Indian journal of veterinary science and animal husbandry - Volume 2,
Year: 1932
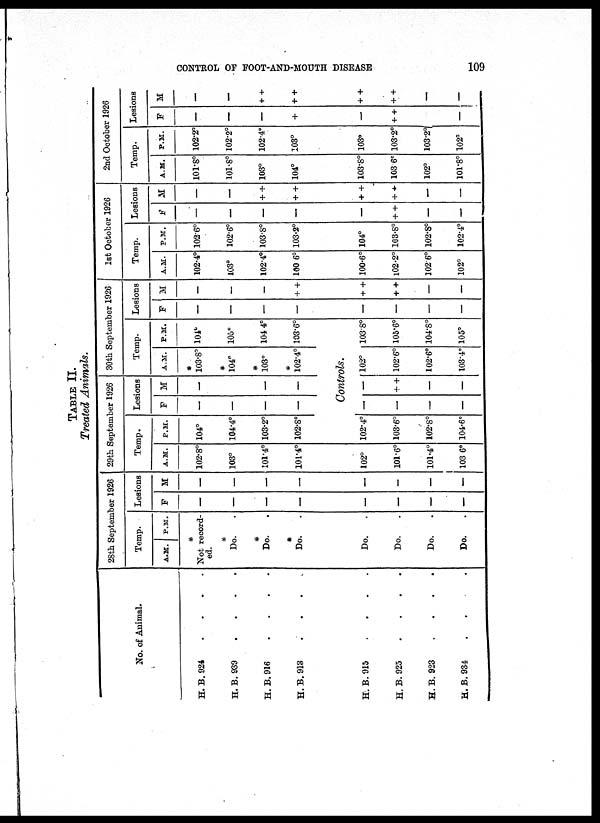
CONTROL OF FOOT-AND-MOUTH DISEASE
109
TABLE II.
Treated Animals.
No. of Animal.
H. B. 924
....
H. B.939
....
H. B.916
....
H.B.913
....
28th September 1926
Temp.
A.M. P.M.
*
Not record-
ed.
*
Do.
*
Do.
*
Do.
Lesions
F
—
—
—
—
M
—
—
—
—
29th September 1926
Temp.
A.M.
102.8°
103°
101.4°
101.4°
H. B. 915
....
H. B. 925
....
H. B. 923 ....
H. B.934
....
Do.
Do.
Do.
Do.
—
—
—
—
—
—
—
—
102°
101.6°
101.4°
103 6°
P.M.
104°
104.4°
103.2°
102.8°
Lesions
F
—
—
—
—
M
—
—
—
—
30th September 1926
Temp.
A.M.
*
103.8°
*
104°
*
103°
*
102.4°
P.M.
104°
105°
104. 4°
103.6°
Controls.
102.4°
103.6°
102.8°
104.6°
—
—
—
—
—
+ +
—
—
102°
102.6°
102.6°
103.4°
1038°
105.6°
104.8°
105°
Lesions
F
—
—
—
—
M
—
—
—
+ +
1st October 1926
Temp.
A.M.
102.4°
103°
102.4°
100. 6°
P.M.
1026°
102.6°
103.8°
103.2°
Lesions
F
—
—
—
—
M
—
—
+ +
+ +
2nd October 1926
Temp.
A.M.
101.8°
101.8°
103°
104°
P.M.
102.2°
102.2°
102.4°
103°
Lesions
F
—
—
—
+
M
—
—
+ +
+ +
—
—
—
—
+ +
+ +
—
—
100.6°
102.2°
1026°
102°
104°
103.8°
102.8°
102.4°
—
+ +
—
—
+ +
+ +
—
—
103.8°
103. 6°
102°
101.8°
103°
103.2°
103.2°
102°
—
+ +
—
—
+ +
+ +
—
—